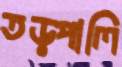
তড়্‌পালি